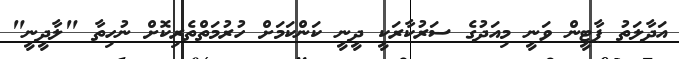
އަދާލަތު ޕާޓީން ވަނީ މިއަދުގެ ސަރުކާރަކީ ދީނީ ކަންކަމަށް ހުރުމަތްތެރިކޮށް ނުހިތާ "ލާދީނީ"